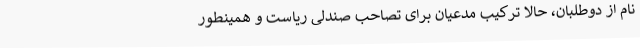
نام از دوطلبان، حالا ترکیب مدعیان برای تصاحب صندلی ریاست و همینطور